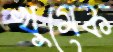
খুমেক